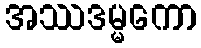
အဿဒမ္မကော